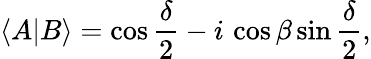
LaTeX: \langle A|B\rangle=\cos{\frac{\delta}{2}}-i\, \cos{\beta}\sin{\frac{\delta}{2}},